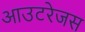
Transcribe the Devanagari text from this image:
आउटरेजस